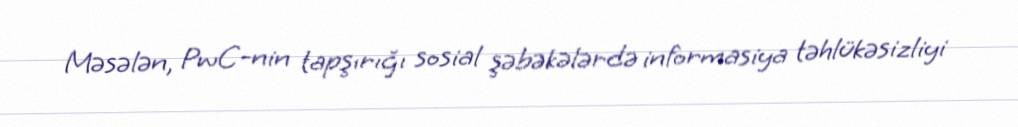
Məsələn, PwC-nin tapşırığı sosial şəbəkələrdə informasiya təhlükəsizliyi